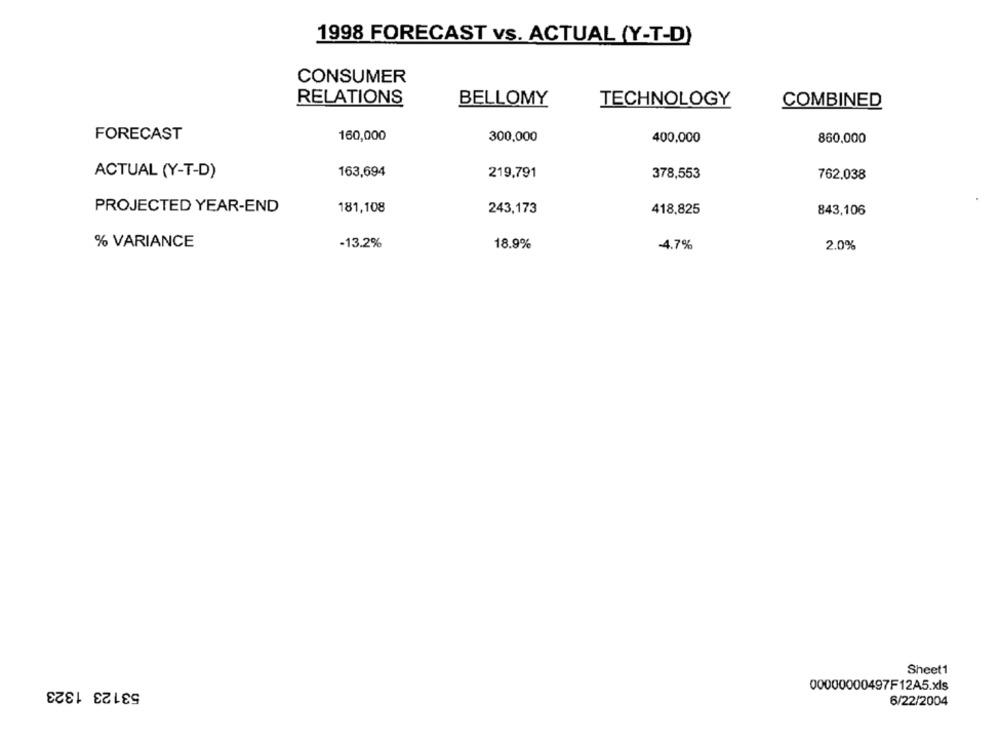
1998 FORECAST vs. ACTUAL (Y-T-D)
CONSUMER
RELATIONS
BELLOMY
TECHNOLOGY
COMBINED
FORECAST
160,000
300,000
400,000
860,000
ACTUAL (Y-T-D)
163,694
219,791
378,553
762,038
181,108
PROJECTED YEAR-END
243,173
418,825
843,106
% VARIANCE
-13.2%
18.9%
-4.7%
2.0%
Sheet1
53123 1323
00000000497F12A5.xls
6/22/2004